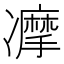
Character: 𠘚